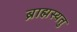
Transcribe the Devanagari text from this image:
ब्राह्मस्यतु